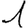
Digit: 1